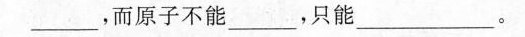
____，而原子不能____，只能__。